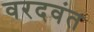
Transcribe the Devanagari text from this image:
वरदवंत